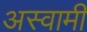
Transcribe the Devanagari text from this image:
अस्वामी